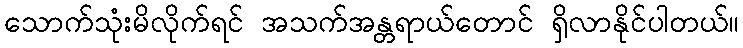
သောက်သုံးမိလိုက်ရင် အသက်အန္တရာယ်တောင် ရှိလာနိုင်ပါတယ်။